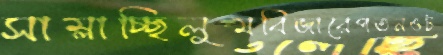
সাম্‌লাচ্ছিলুমবিজারেপতনওট